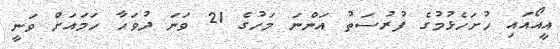
އީއޯއައި ހުށަހެޅުމުގެ ފުރުސަތު އަންނަ މަހުގެ 21 ވަނަ ދުވަހާ ހަމައަށް ވަނީ